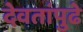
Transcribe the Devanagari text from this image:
देवतांपुढे